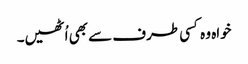
خواہ وہ کسی طرف سے بھی اُٹھیں۔